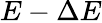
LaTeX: E-\Delta E